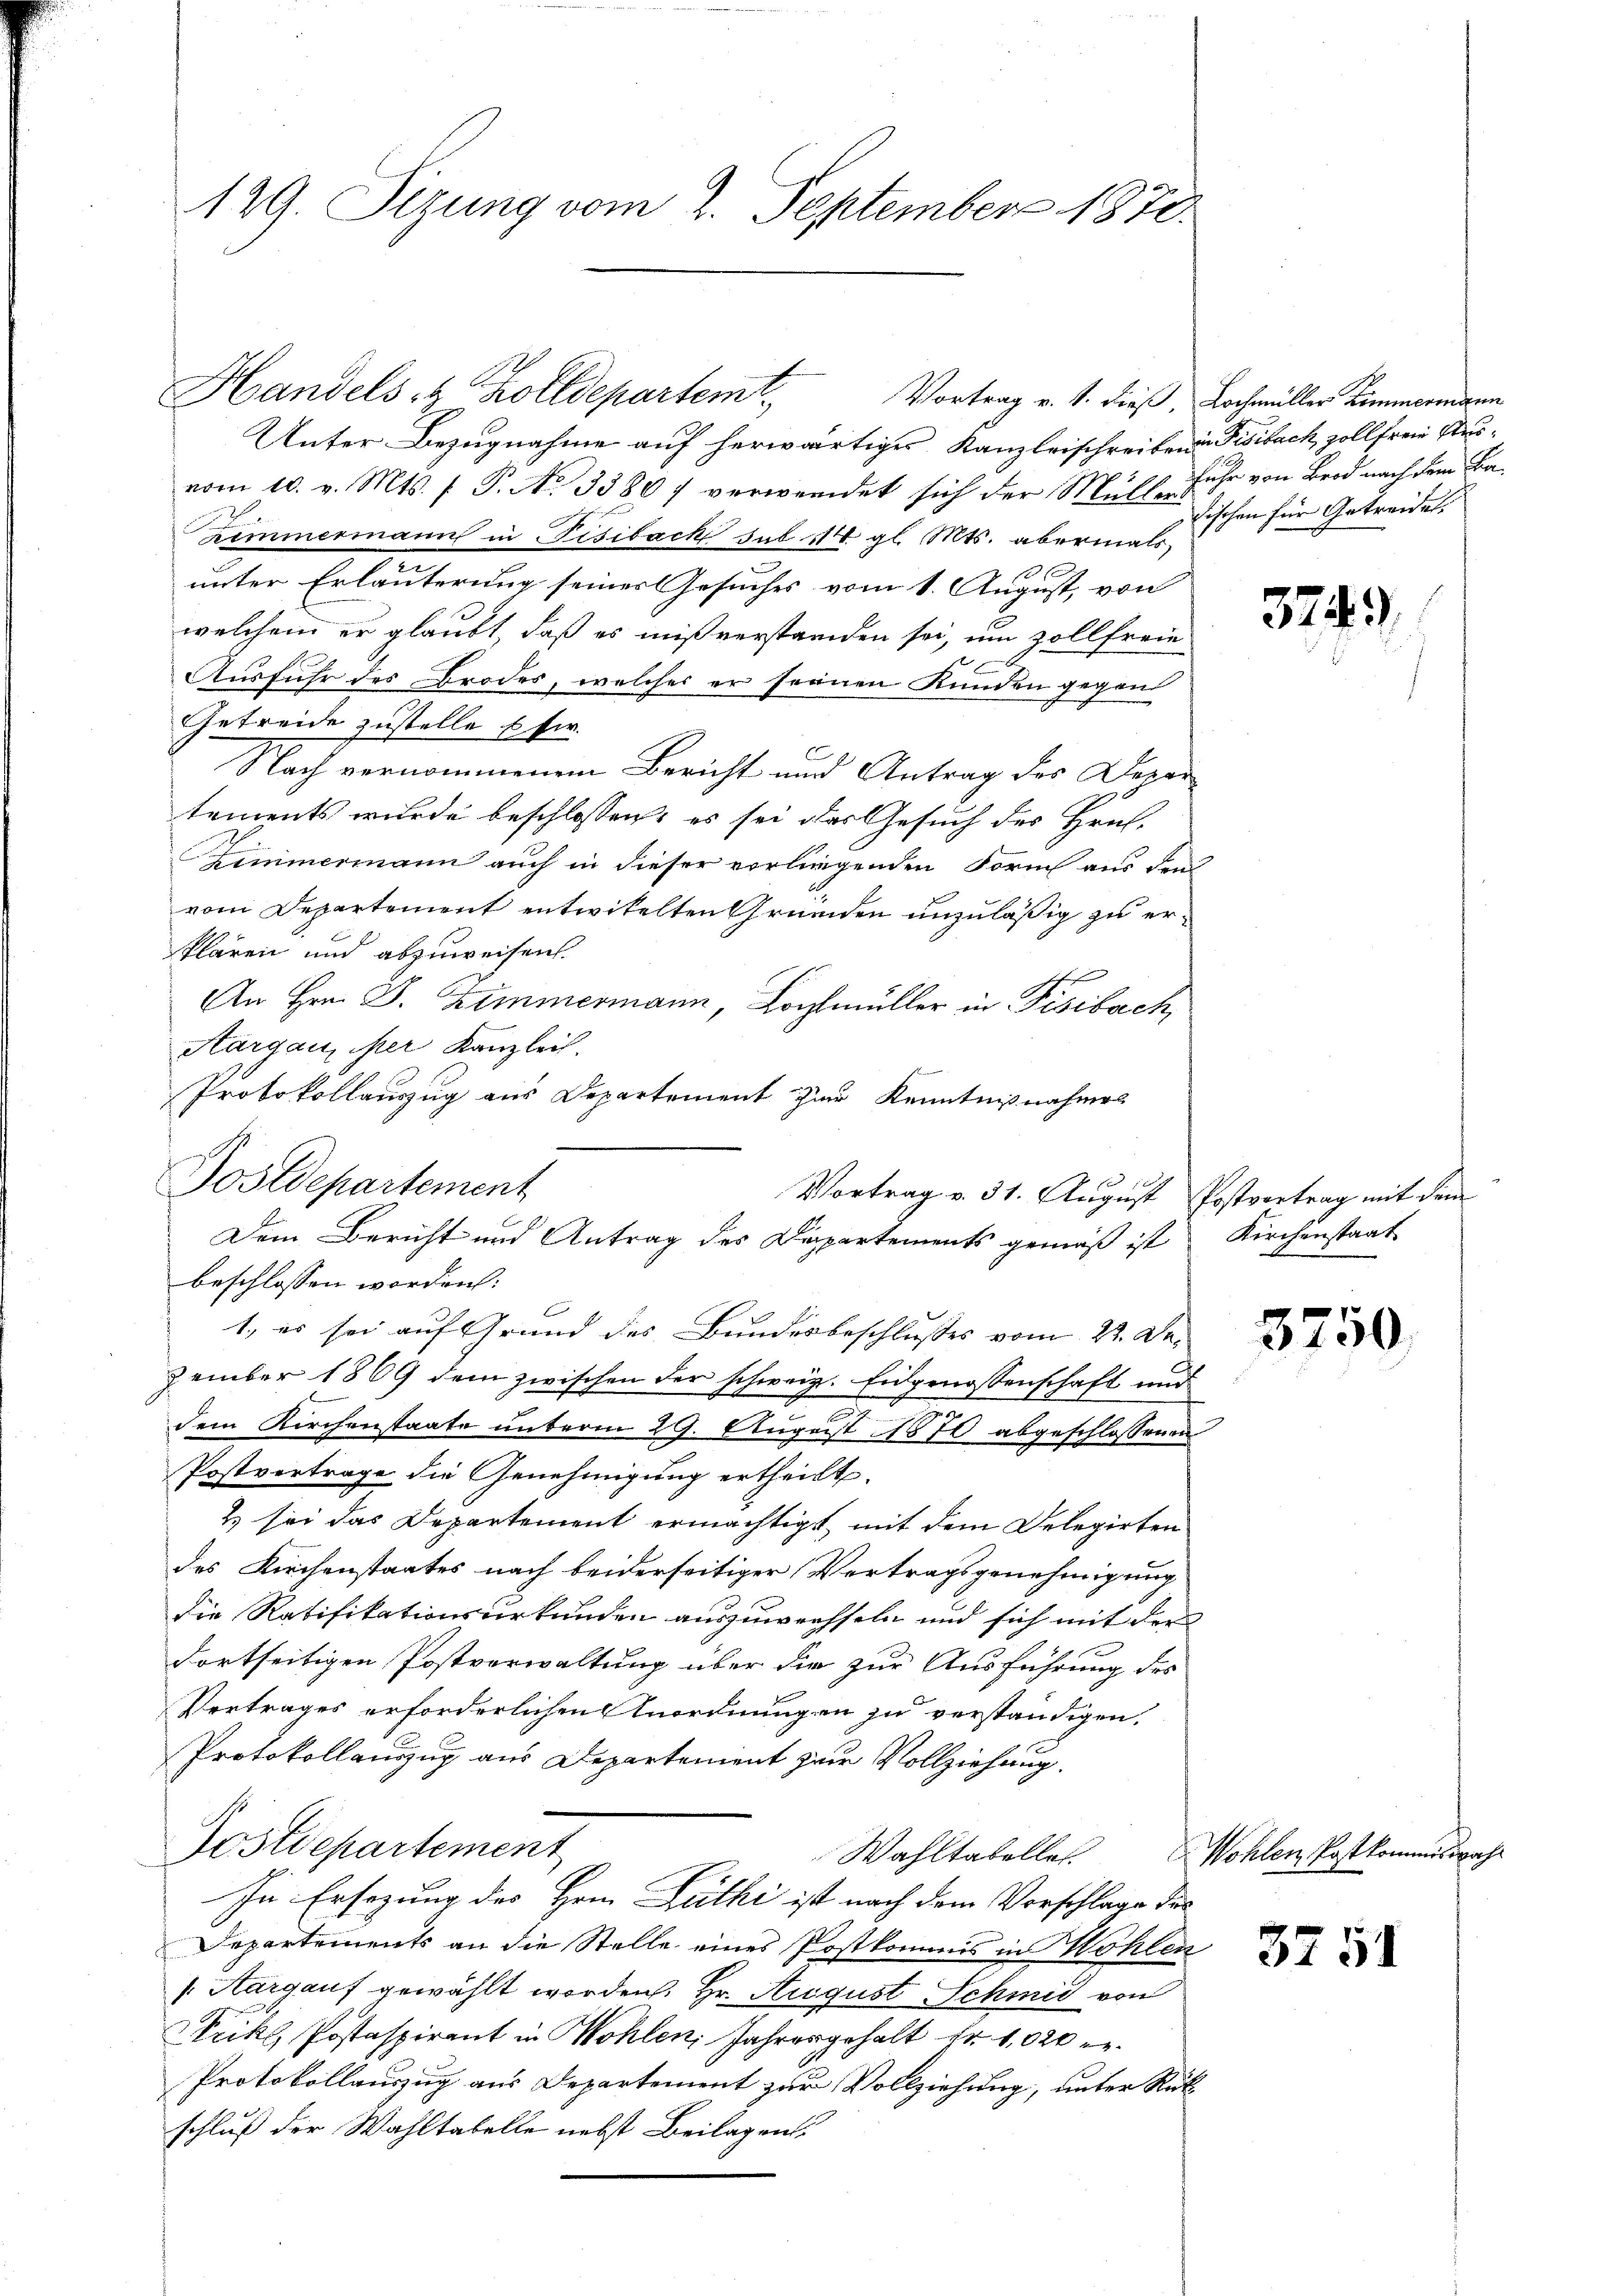
129. Sizung vom 2. September 1870.

Unter Bezugnahme auf herwärtiges Kanzleischreiben Fisibach vollfreie Ausvom 10. v. Mts. f. P. No. 3380; verwendet sich der Müll-Fuhr von Brod nach dem Bazimmermann in Fisibach sub 114 gl. Mts. abermals,
10 f
unter Erläuterung seiner Gesuches vom 1. August, von
welchem er glaubt, daß es mißverstanden sei, um zollfreie
Ausfuhr des Brodes, welches er seinen Kunden gegen
Getreide zustelle Etw.
Nach vernommenen Bericht und Antrag der Depar
tements wurde beschlossen: es sei das Gesuch des Hruf¬
Zimmermann auch in dieser vorliegenden Form aus den
vom Departement entwickelten Gründen unzuläßig zu erklären und abzuweisen.
An Hrn. J. Zimmermann, Lochmüller in Fisibach,
Aargau ister Kanzlei.
Protokollauszug aus Departement zur Kenntnißnahmes
Vortrag v. 31. August Postvertrag mit dem
1., es sei auf Grund des Bundesbeschlusses vom 22. Der
zember 1869 dem zwischen der schweiz. Eidgenossenschaft und
dem Kirchenstaate unterm 29. August 1870 abgeschlossenen
Postvertrage die Genehmigung ertheilt.
2) sei das Departement ermächtigt, mit dem Delegirten
des Kirchenstaates nach beiderseitiger Vertragsgenehmigung
die Ratifikationsurkunden auszuwechseln und sich mit der
dortseitigen Postverwaltung über die zur Ausführung des
Vertrages erforderlichen Anordnungen zu verständigen.
Protokollauszug aus Departement zur Vollziehung.
Postdepartement
Wahltabellei
In Ersezung des Hrnn Zuthe ist nach dem Vorschlage des
Departements an die Stelle eines Postkommis in Mohlen
Aargauf gewählt worden. Hr. August Schmid von
Frikl Postaspirant in Wohlen Jahresgehalt Nr. 1020 r
Protokollauszug aus Departement zur Vollziehung, unter Rükschluß der Wahltabelle nebst Beilagen

Handels- & Zolldepartemt. Vortrag v. 1. dieß, Lochmüller Limmariann

Postdepartement
Dem Bericht und Antrag des Dipartements gemäß ist Kirchenstaat
beschlossen worden:

Fischen für Getreides.

374.

3750.

Wohlen Postkommissa

3751